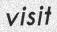
visit